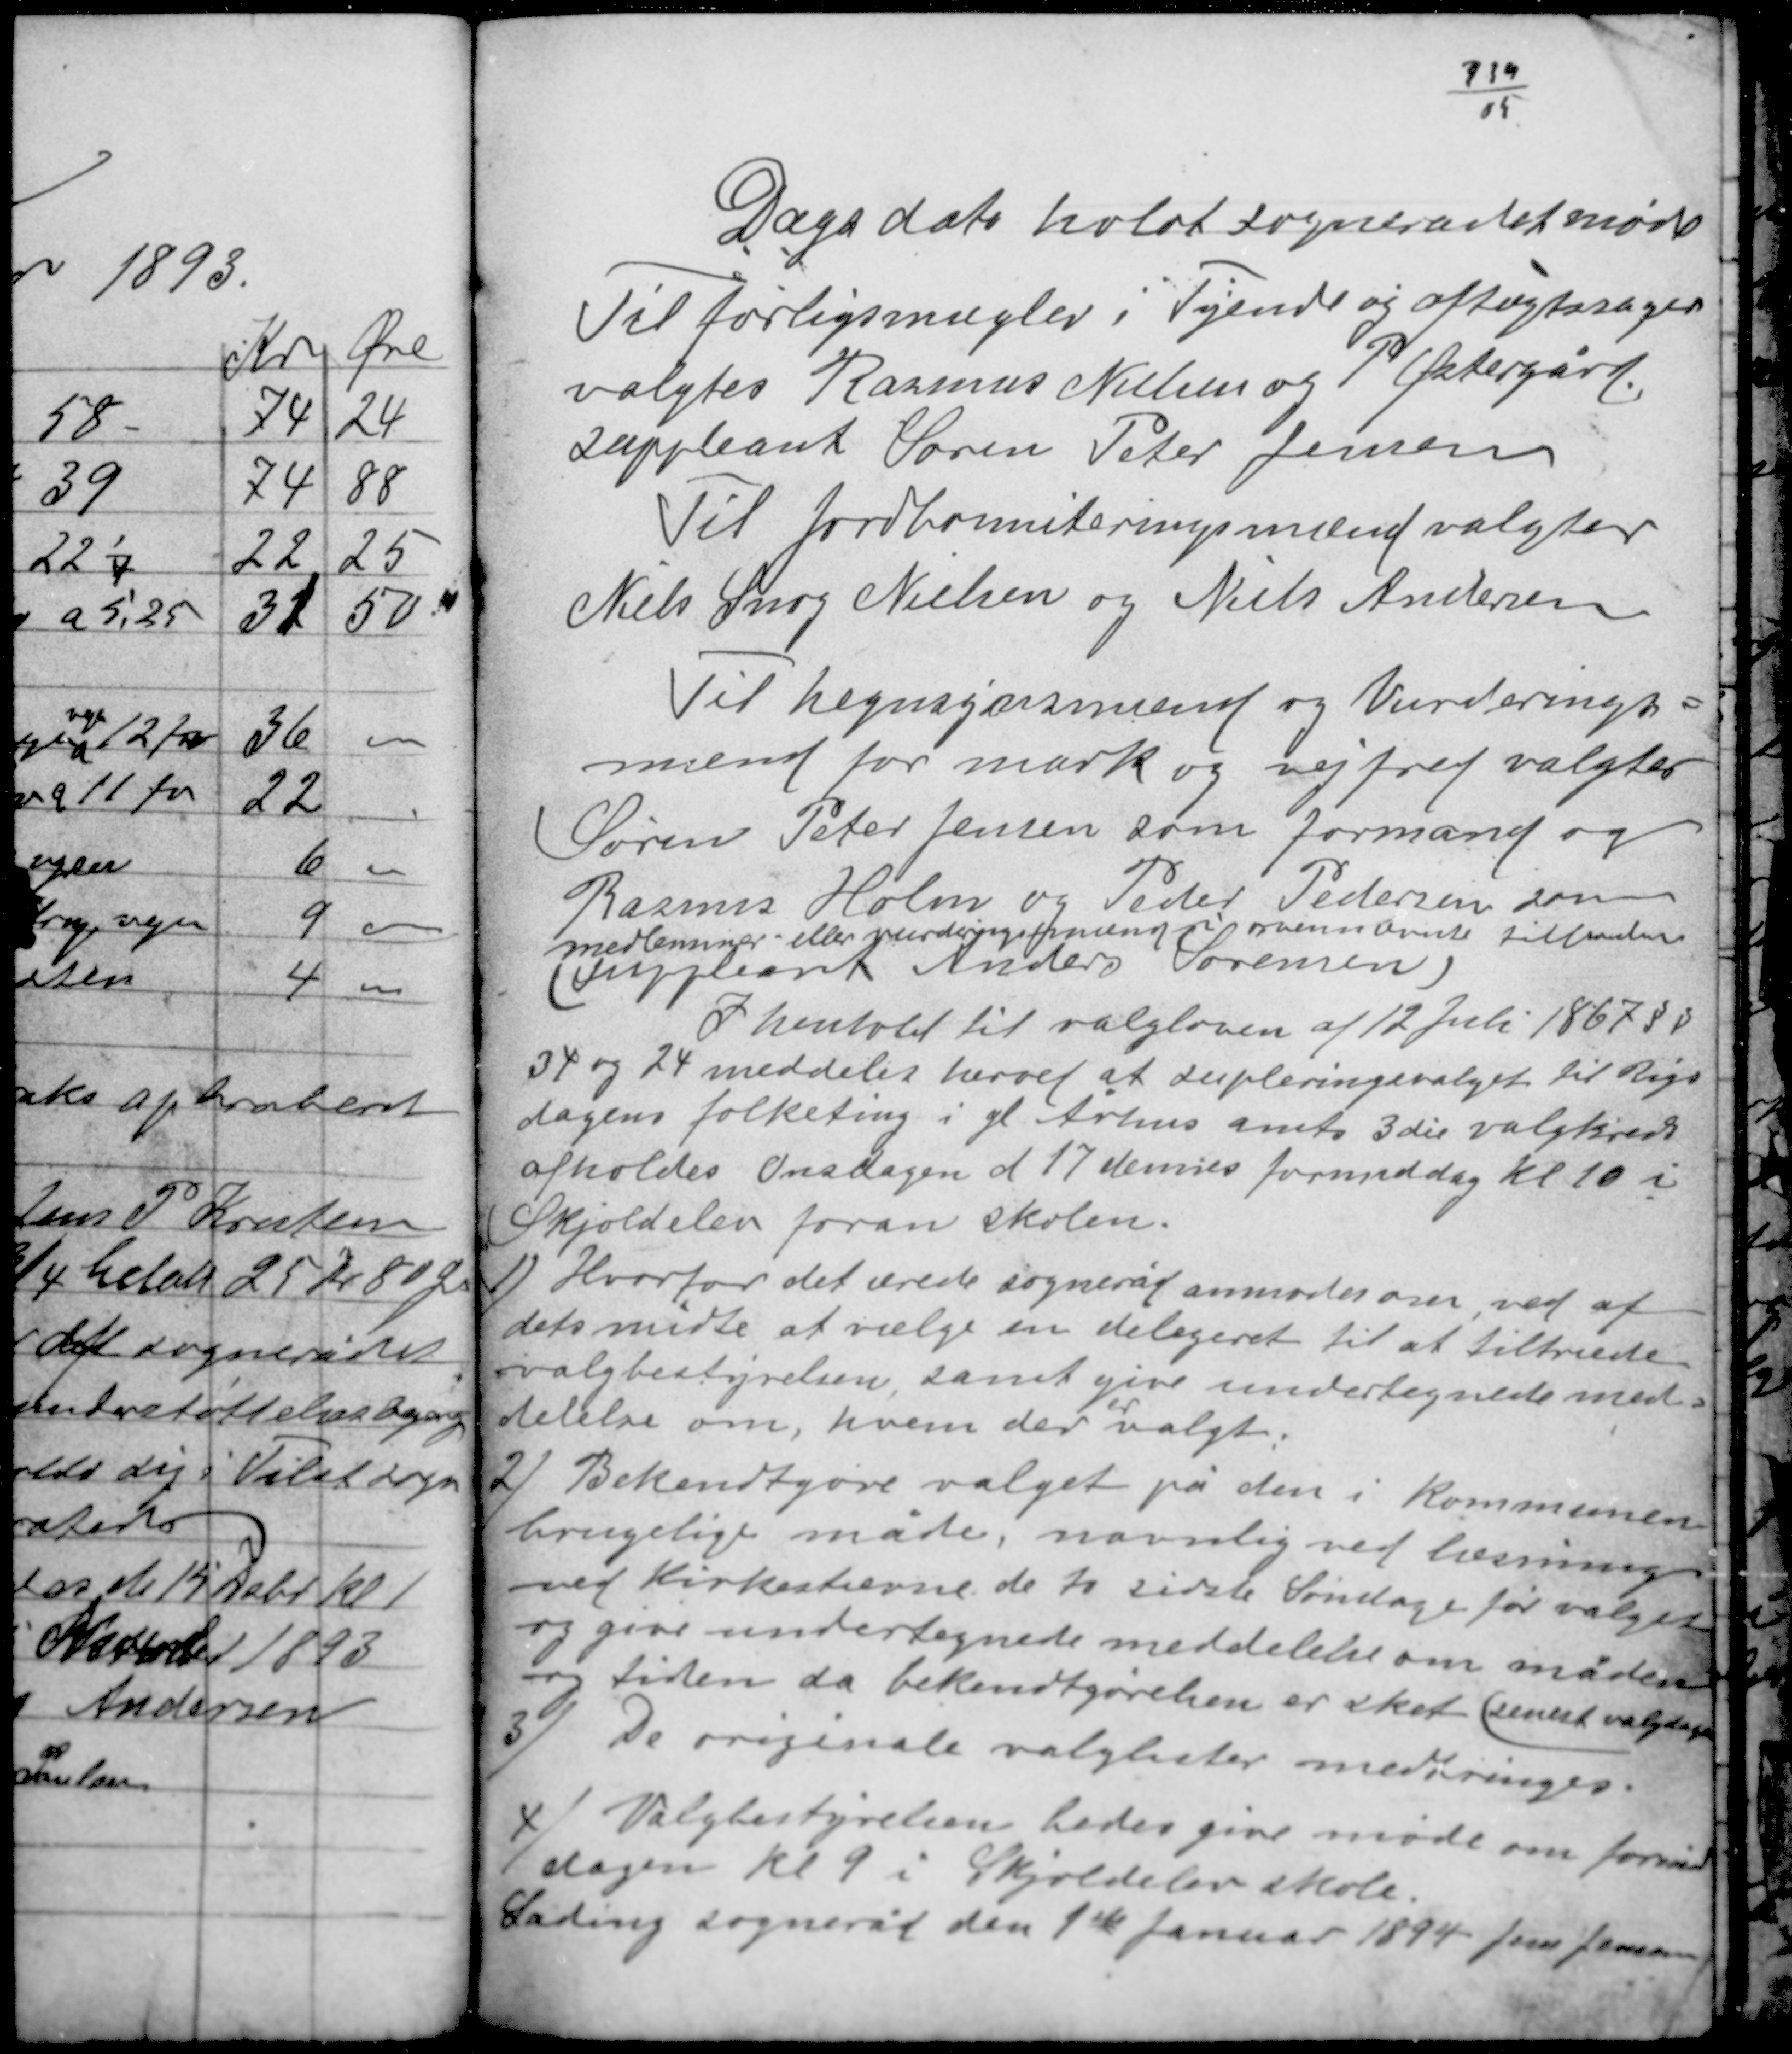
Transskription:
Dags dato holdt sognerådet møde
Til forligsmægler i Tyende og aftægtssager
valgtes Rasmus Nielsen og P. Østergård
suppleant Søren Peter Jensen
Til Jordkomiteringsmænd valgtes
Niels Snog Nielsen og Niels Andersen

Til hegnsynsmænd og Vurderings-
mænd for mark og vejfred valgtes
Søren Peter Jensen som formand og
Rasmus Holm og Peder Pedersen som
medlemmer - eller vurderingsmænd i ovennævnte tilbuder
(Suppleant Anders Sørensen)
I henhold til valgloven af 12 Juli 1867 § §
34 og 24 meddeles herved at supleringsvalget til Rigs-
dagens folketing i gl Århus amts 3die valgkreds
afholdes Onsdagen d 17 dennes formiddag Kl. 10 i
Skjoldelev foran skolen.

1/ Hvorfor det ærede sogneråd anmodes om, ved af
dets midte at vælge en delegeret til at tiltræde
valgbestyrelsen, samt give undertegnee med-
er
delelse om, hvem der valgt.

2/ Bekendtgøre valget på den i kommunen
brugelige måde, navnlig ved læsning
ved Kirkestierne de to sidste Søndage før valget
og give undertegnede meddelelse om måden
og tiden da bekendtgørelsen er sket(senest valgdagen
3/ De originale valglister medbringes.

4/ Valgbestyrelsen bedes give møde om formid-
dagen kl. 9 i Skjoldelev skole.
Lading sogneråd den 1ste Januar 1894 Jens Jensen